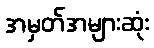
အမှတ်အများဆုံး